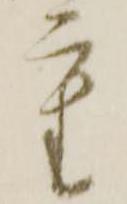
重